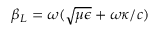
\beta _ { \/ L } = \omega ( \sqrt { \mu \epsilon } + \omega \kappa / c )